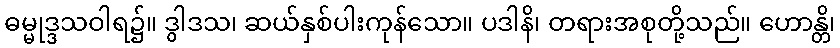
ဓမ္မုဒ္ဒသဝါရ၌။ ဒွါဒသ၊ ဆယ်နှစ်ပါးကုန်သော။ ပဒါနိ၊ တရားအစုတို့သည်။ ဟောန္တိ၊